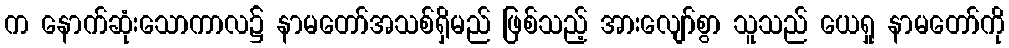
က နောက်ဆုံးသောကာလ၌ နာမတော်အသစ်ရှိမည် ဖြစ်သည့် အားလျော်စွာ သူသည် ယေရှု နာမတော်ကို